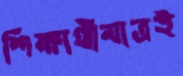
শিক্ষার্থীমাত্রই